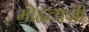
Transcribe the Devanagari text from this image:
मोहताजी